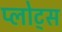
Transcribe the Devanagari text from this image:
प्लोट्स